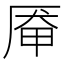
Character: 厣